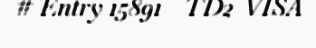
# Entry 15891 - TD2_VISA